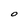
Character: O